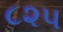
૮૨૫